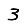
Digit: 3